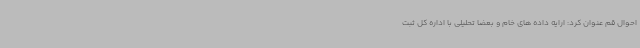
احوال قم عنوان کرد: ارایه داده های خام و بعضا تحلیلی با اداره کل ثبت